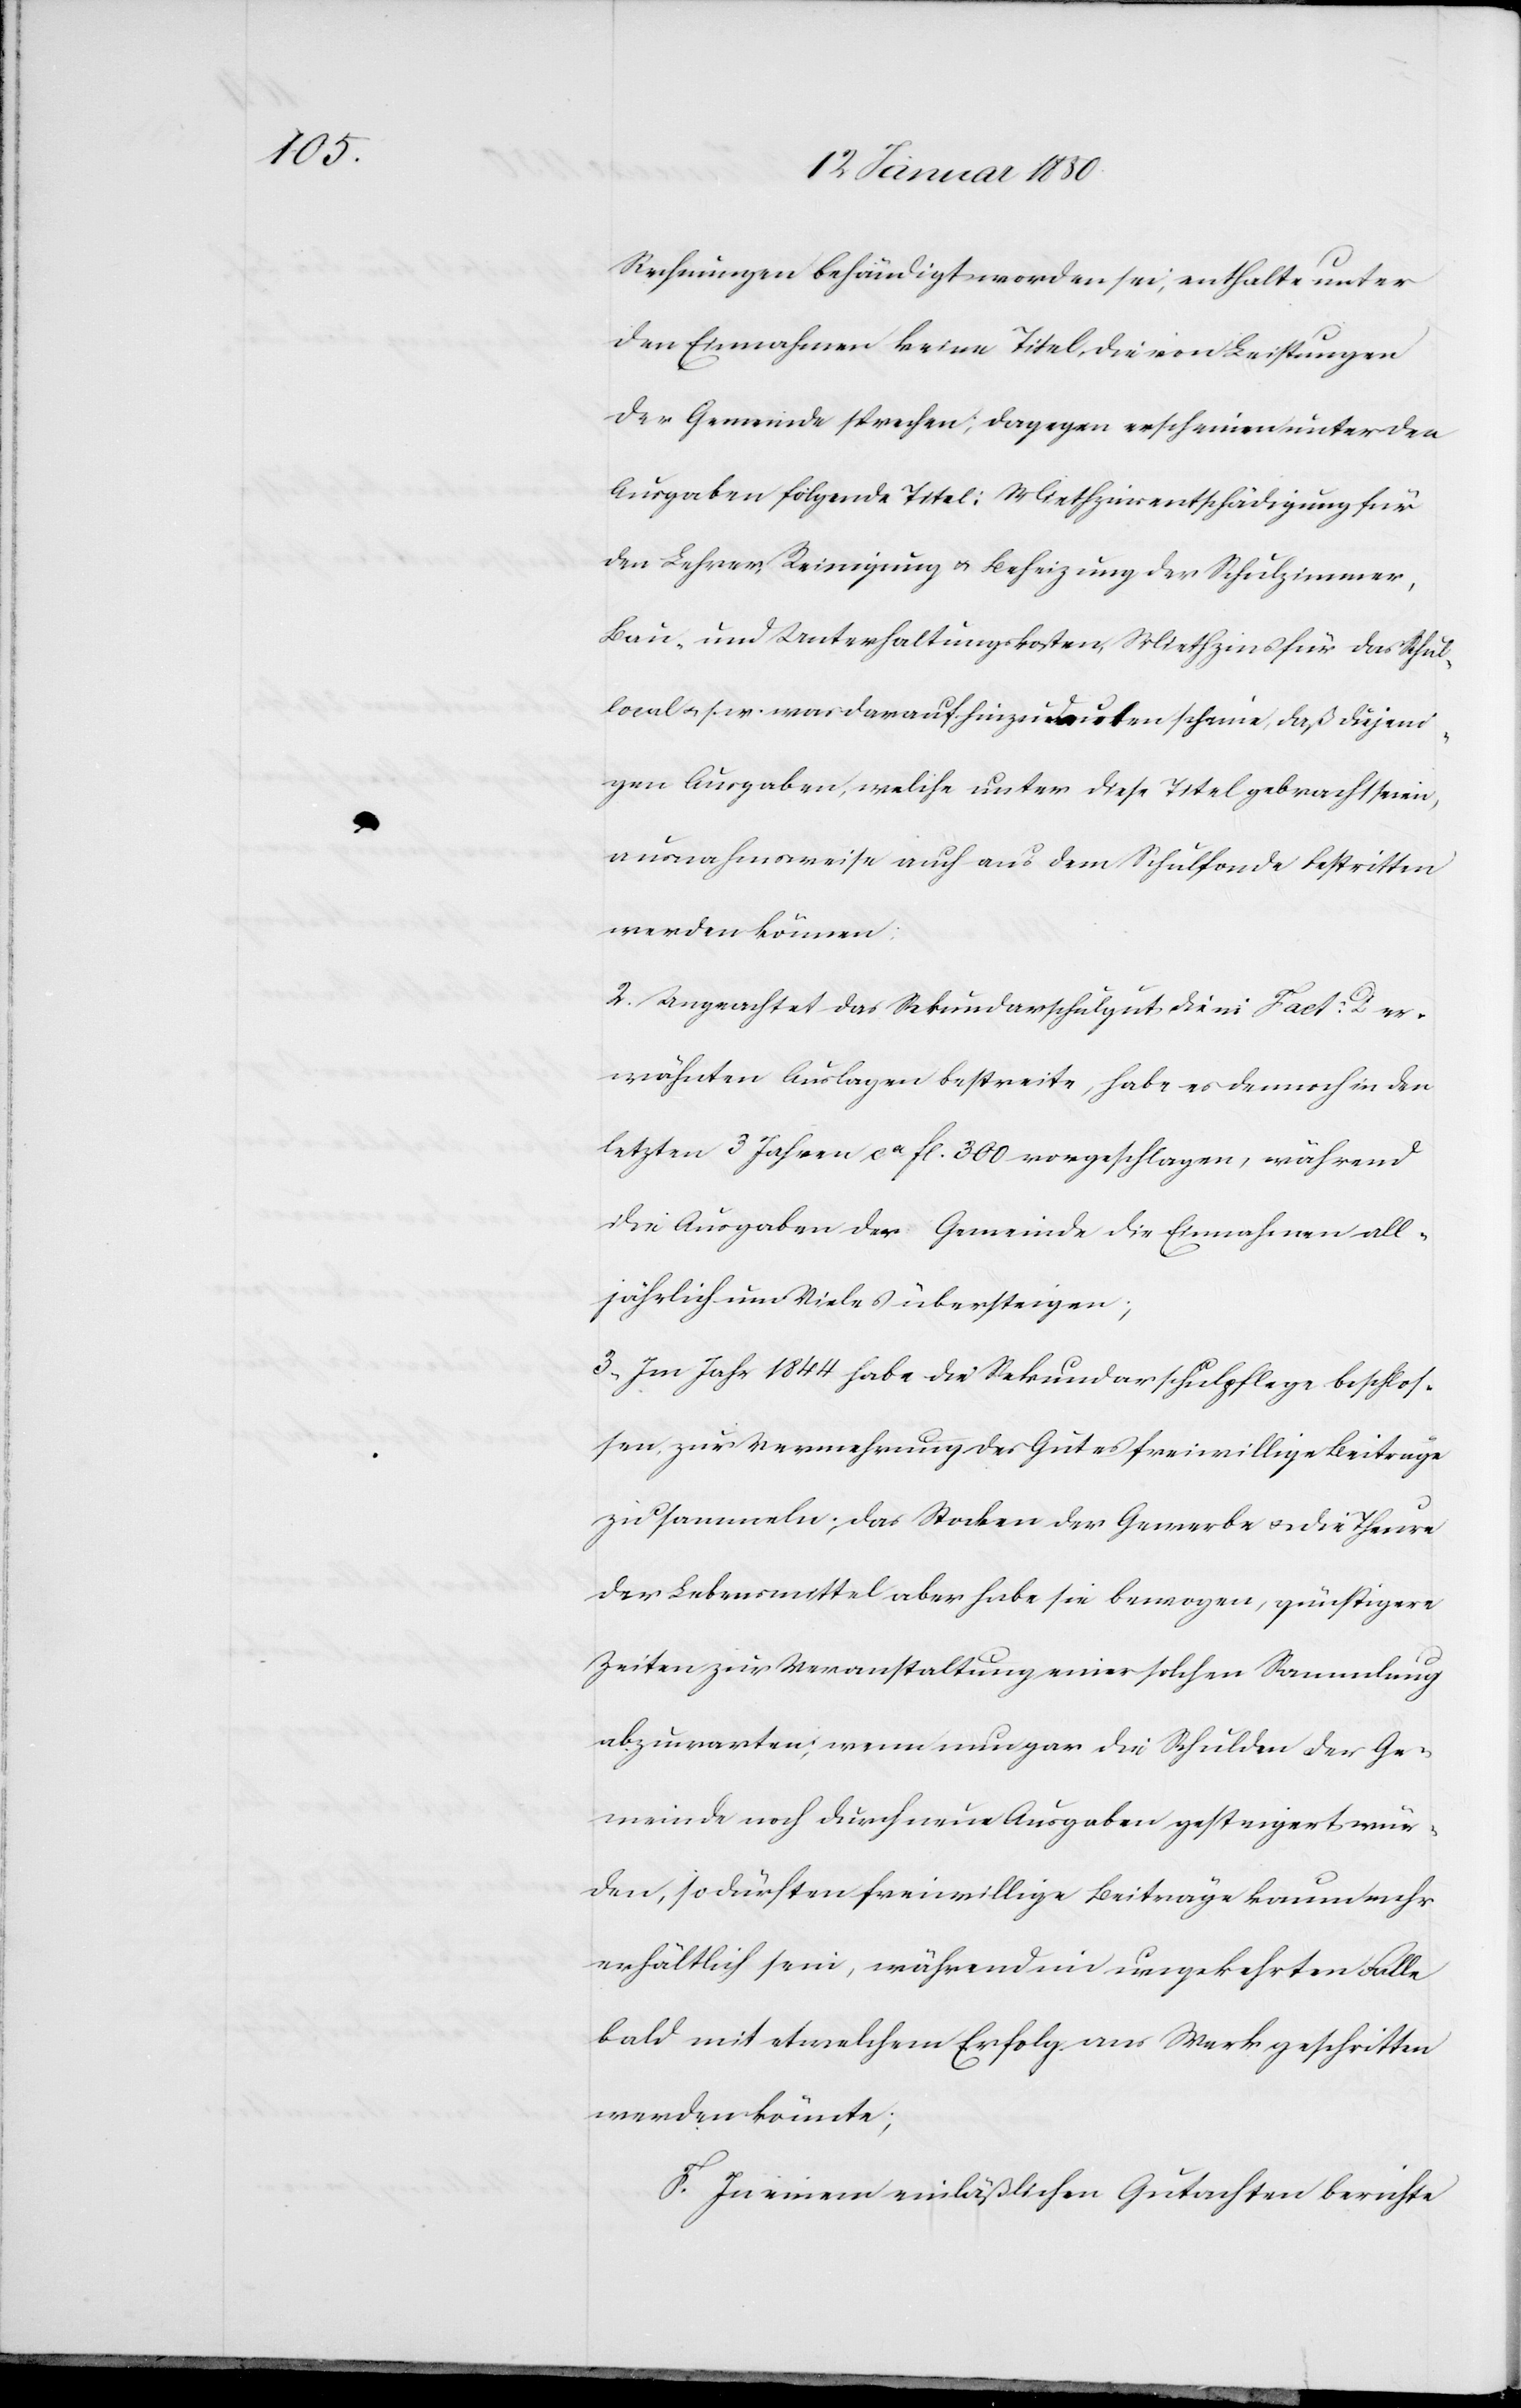
Rechnungen behändigt worden sei, enthalte unter
den Einnahmen keine Titel, die von Leistungen
der Gemeinde sprechen; dagegen erscheinen unter den
Ausgaben folgende Titel: Miethzinsentschädigung für
den Lehrer, Reinigung u. Beheizung der Schulzimmer,
Bau- und Unterhaltungskosten, Miethzins für das Schul¬
local u. s. w. was darauf hinzudeuten scheine, daß diejeni¬
gen Ausgaben, welche unter diese Titel gebracht seien,
ausnahmsweise auch aus dem Schulfonde bestritten
werden können.
2. Ungeachtet das Sekundarschulgut die in Fact: D er¬
wähnten Auslagen bestreite, habe es dennoch in den
letzten 3 Jahren ca fl. 300 vorgeschlagen, während
die Ausgaben der Gemeinde die Einnahmen all¬
jährlich um Vieles übersteigen;
3. Im Jahr 1844 habe die Sekundarschulpflege beschlos¬
sen, zur Vermehrung des Gutes freiwillige Beiträge
zu sammeln; das Stocken der Gewerbe u. die Theure
der Lebensmittel aber habe sie bewogen, günstigere
Zeiten zur Veranstaltung einer solchen Sammlung
abzuwarten; wenn nun gar die Schulden der Ge¬
meinde noch durch neue Ausgaben gesteigert wür¬
den, so dürften freiwillige Beiträge kaum mehr
erhältlich sein, während im umgekehrten Falle
bald mit etwelchem Erfolg ans Werk geschritten
werden könnte;
F. In einem einläßlichen Gutachten berichte